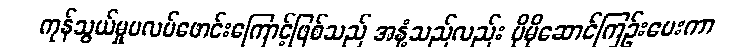
ကုန်သွယ်မှုပလပ်ဖောင်းကြောင့်ဖြစ်သည် အနံ့သည်လည်း ပိုမိုဆောင်ကြဉ်းပေးကာ